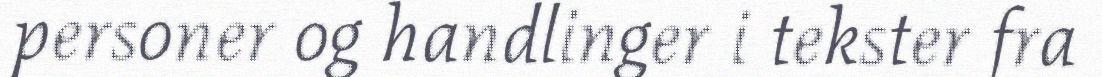
personer og handlinger i tekster fra